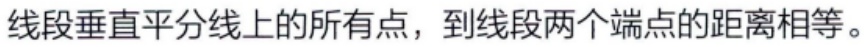
线段垂直平分线上的所有点，到线段两个端点的距离相等。